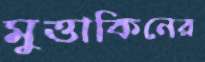
মুত্তাকিনের